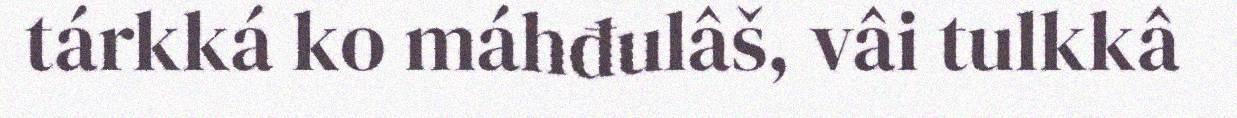
tárkká ko máhđulâš, vâi tulkkâ